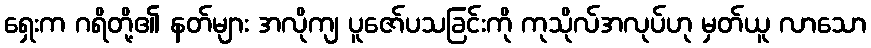
ရှေးက ဂရိတို့၏ နတ်များ အလိုကျ ပူဇော်ပသခြင်းကို ကုသိုလ်အလုပ်ဟု မှတ်ယူ လာသော